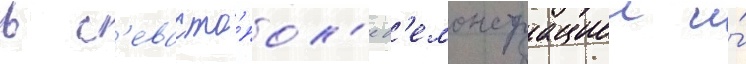
в с'евасто́пол'е д'емонстрациеи и́